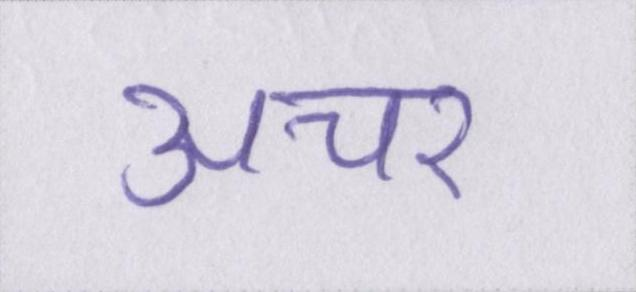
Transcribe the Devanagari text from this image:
अचर